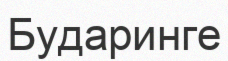
Бударинге